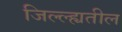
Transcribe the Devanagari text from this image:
जिल्ल्ह्यतील